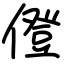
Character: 僜